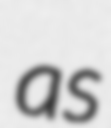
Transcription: as